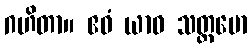
ဂဟိတာ။ ဧဝံ ယာဝ သတ္တမော